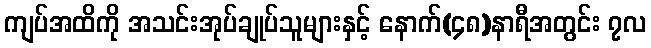
ကျပ်အထိကို အသင်းအုပ်ချုပ်သူများနှင့် နောက်(၄၈)နာရီအတွင်း ၇လ